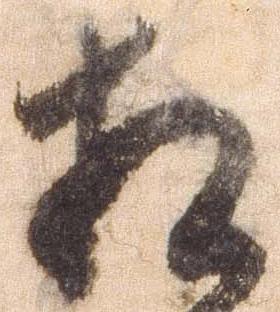
相